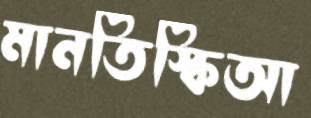
মানতিস্কিআ